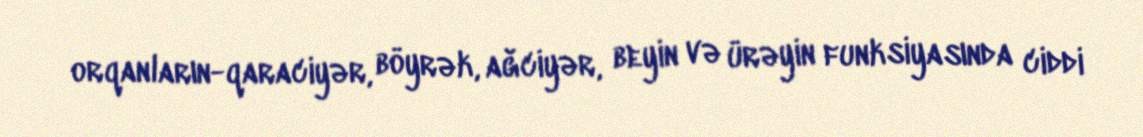
orqanların-qaraciyər, böyrək, ağciyər, beyin və ürəyin funksiyasında ciddi